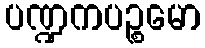
ပဏ္ဍကပဉ္စမော